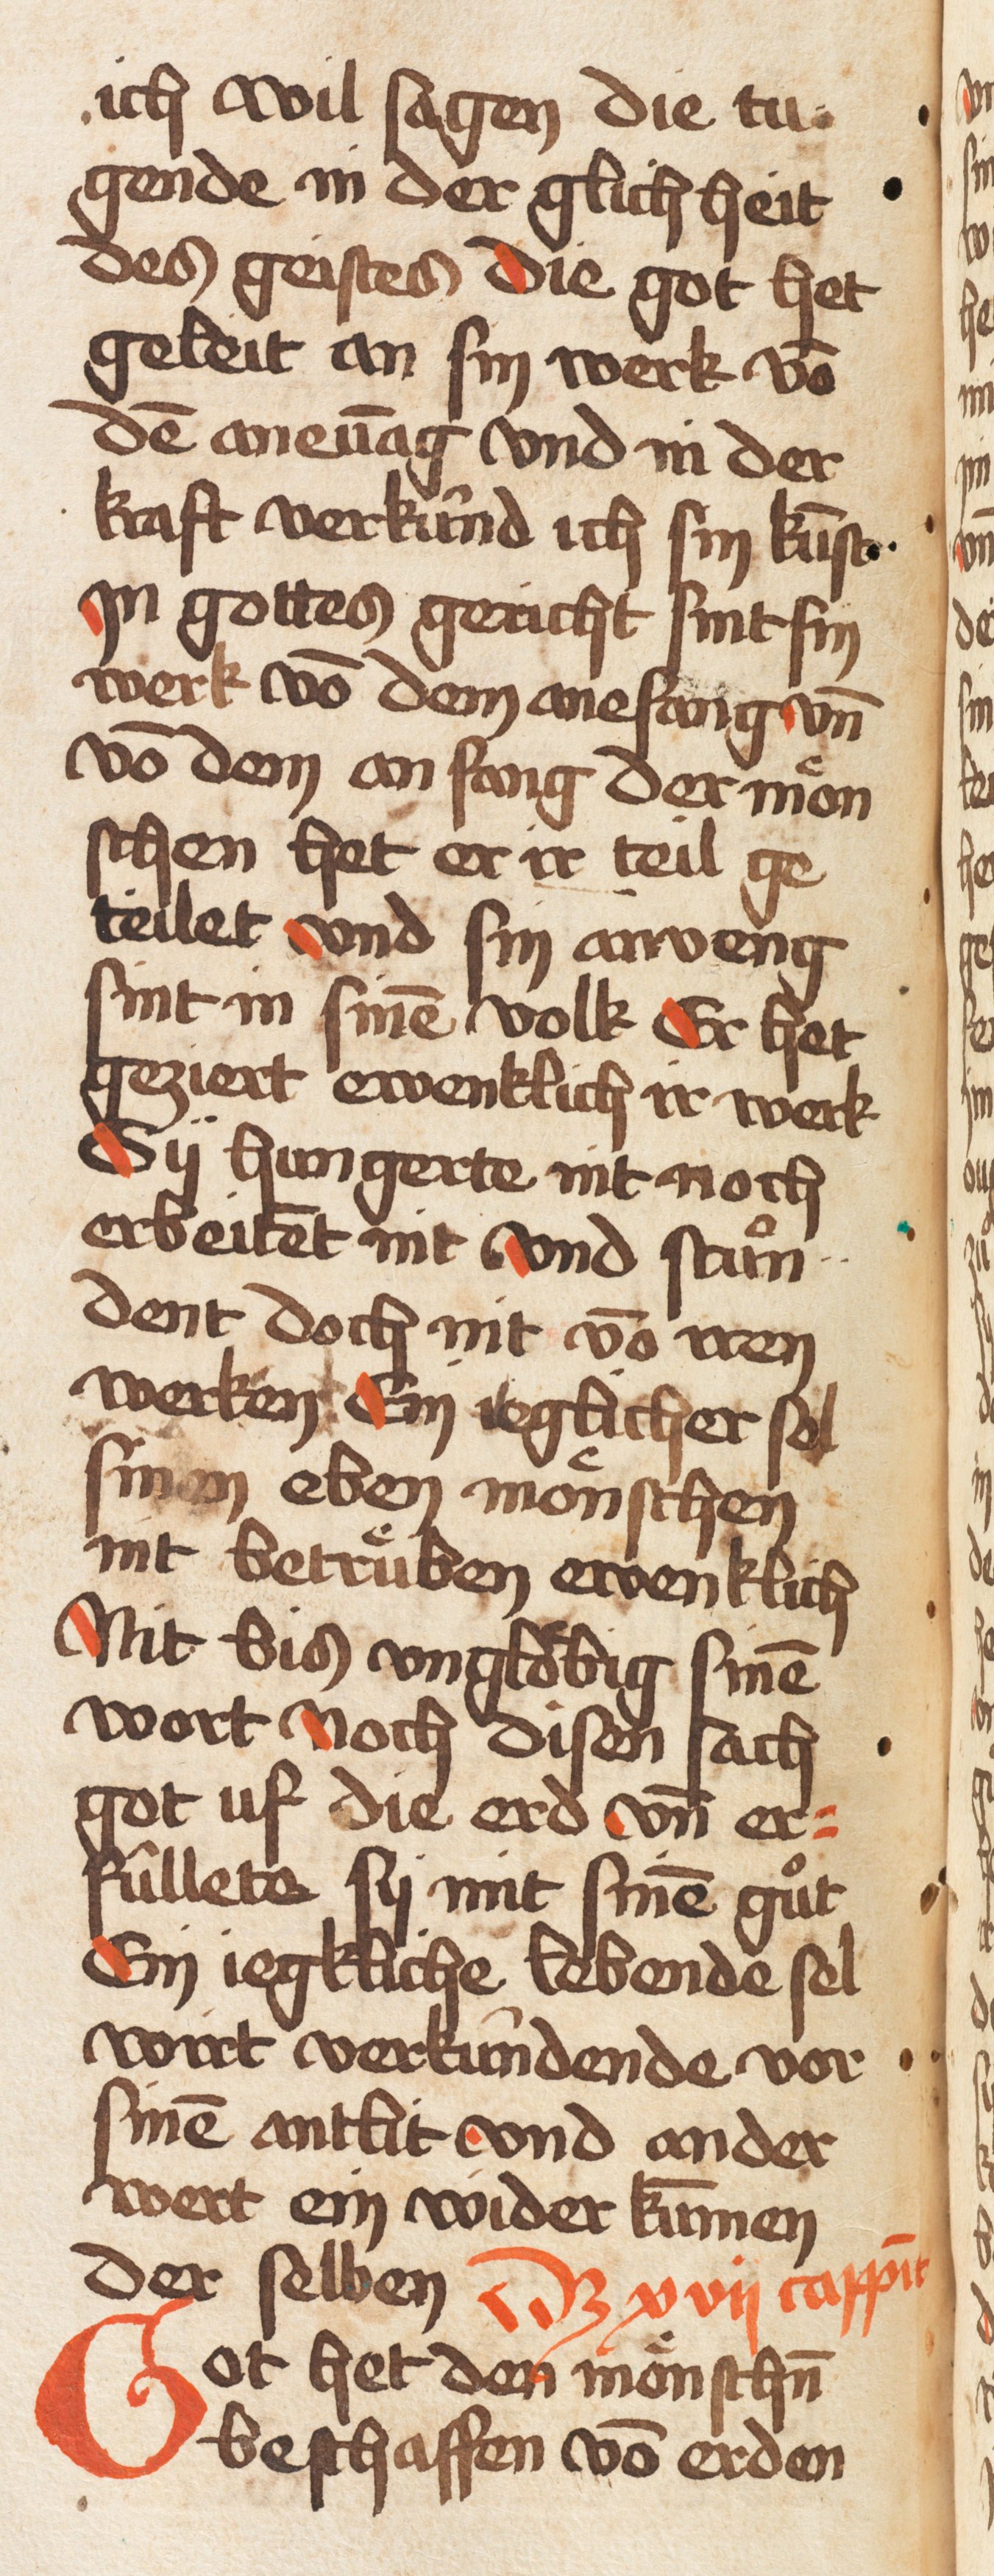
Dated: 1457–1457